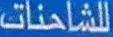
للشاحنات